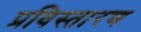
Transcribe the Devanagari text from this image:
प्रविस्तारण